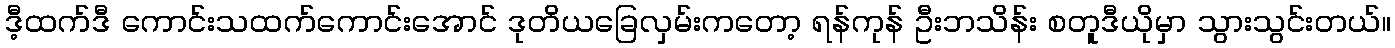
ဒီ့ထက်ဒီ ကောင်းသထက်ကောင်းအောင် ဒုတိယခြေလှမ်းကတော့ ရန်ကုန် ဦးဘသိန်း စတူဒီယိုမှာ သွားသွင်းတယ်။